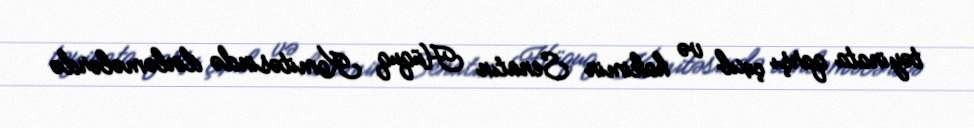
təyinata qarşı çıxıb və hakimin Senatın Hüquq Komitəsində dinləmələrdə